Madras plague regulations and rules - Volume 2
Disease focus: Plague
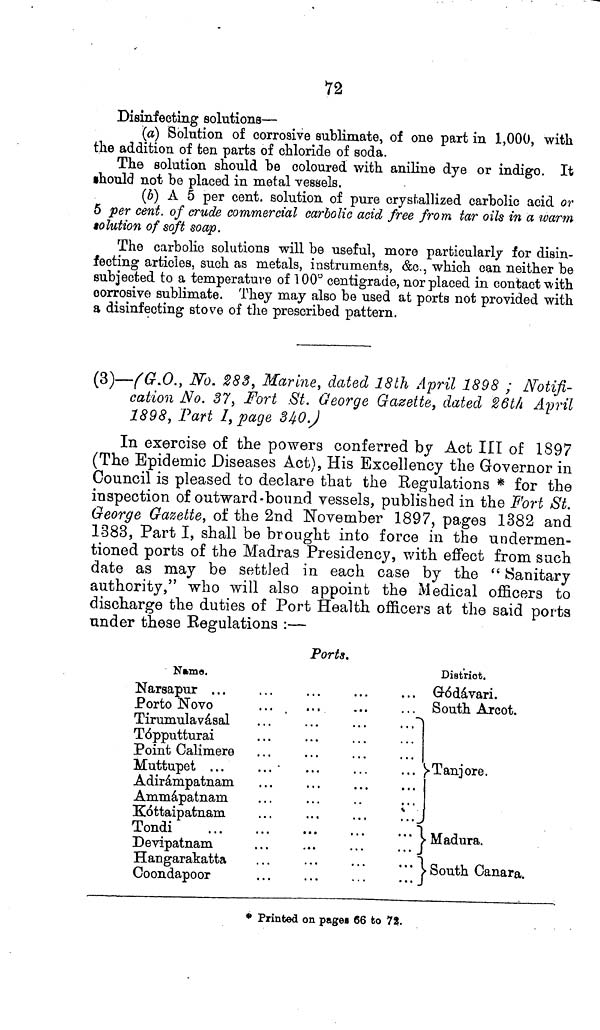
72
Disinfecting solutions—
(a) Solution of corrosive sublimate, of one part in 1,000, with
the addition of ten parts of chloride of soda.
The solution should he coloured with aniline dye or indigo. It
should not he placed in metal vessels.
(6) A 5 per cent, solution of pure crystallized carholic acid or
5 per cent. of crude commercial carbolic acid free from tar oils in a warm
solution of soft soap.
The carbolic solutions will be useful, more particularly for disin-
fecting articles, such as metals, instruments, &c., which can neither be
subjected to a temperature of 100° centigrade, nor placed in contact with
corrosive sublimate. They may also be used at ports not provided with
a disinfecting stove of the prescribed pattern.
(3)—(G.O., No. 283, Marine, dated 18th April 1898 ; Notifi-
cation No. 37, Fort St. George Gazette, dated 26th April
1898, Part I, page 340.)
In exercise of the powers conferred by Act III of 1897
(The Epidemic Diseases Act), His Excellency the Governor in
Council is pleased to declare that the Regulations * for the
inspection of outward-bound vessels, published in the Fort St.
George Gazette, of the 2nd November 1897, pages 1382 and
1383, Part I, shall be brought into force in the undermen-
tioned ports of the Madras Presidency, with effect from such
date as may be settled in each case by the " Sanitary
authority," who will also appoint the Medical officers to
discharge the duties of Port Health officers at the said ports
tinder these Regulations :—
Ports.
Name.
Narsapur ...
Porto Novo
...
Tirumulavásal
T6pputturai
Point Calimere
Muttupet ...
...
Adirámpatnam
Ammapatnarn
Kóttaipatnam
...
...
...
..
Tondi
Devipatnam
Hangarakatta
Coondapoor
District.
Gódávari.
South Arcot.
Tanjore.
Madura.
South Canara.
* Printed on pages 66 to 72.